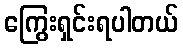
ကြွေးရှင်းရပါတယ်